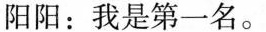
阳阳：我是第一名。